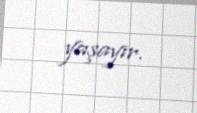
yaşayır.